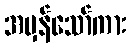
အမှန်သော်ကား